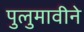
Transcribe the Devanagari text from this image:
पुलुमावीने